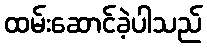
ထမ်းဆောင်ခဲ့ပါသည်